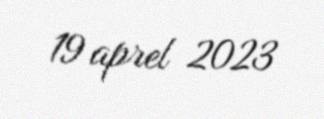
19 aprel 2023